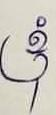
ខ្ញុំ